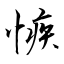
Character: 愱